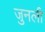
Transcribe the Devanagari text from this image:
जुनली